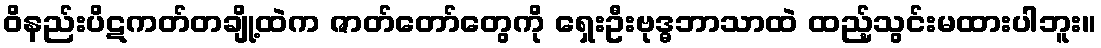
ဝိနည်းပိဋကတ်တချို့ထဲက ဇာတ်တော်တွေကို ရှေးဦးဗုဒ္ဓဘာသာထဲ ထည့်သွင်းမထားပါဘူး။